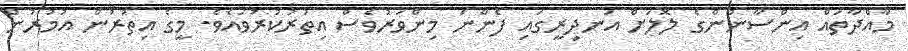
މާއްދާތައް އިންސާނުންގެ ލޮލަށް އަނދިރީގައި ފެންނަ މިންވަރުވެސް އިތުރުކުރުވައެވެ. މީގެ އިތުރުން އުމުރުން